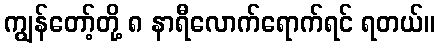
ကျွန်တော့်တို့ ၈ နာရီလောက်ရောက်ရင် ရတယ်။